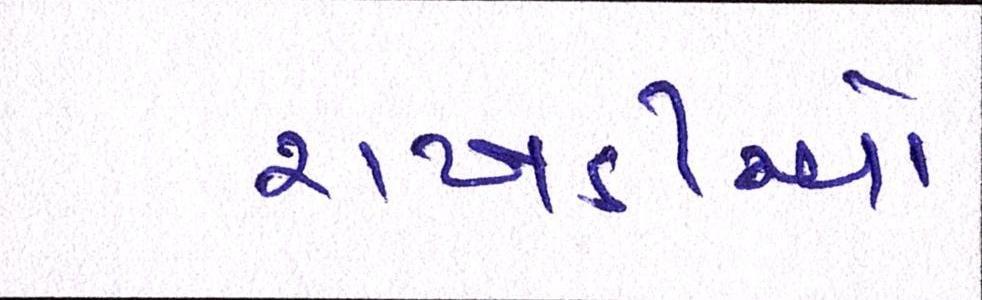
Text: રાખડીઓ